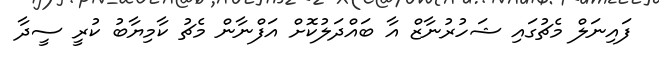
ފައިނަލް މެޗުގައި ޝަހުރުނާޒް އާ ބައްދަލުކޮށް އަފްނާން މެޗު ކާމިޔާބު ކުރީ ސީދާ